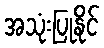
အသုံးပြုနိုင်